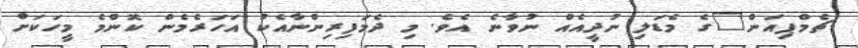
ޗެމްޕިއަން"ގެ މެޑަލި ނުދީއެއް ނުވާނެ އެވެ. މި ދެމަފިރިންނާއެކު އަހަރެމެން ކޮންމެ މީހަކަށް